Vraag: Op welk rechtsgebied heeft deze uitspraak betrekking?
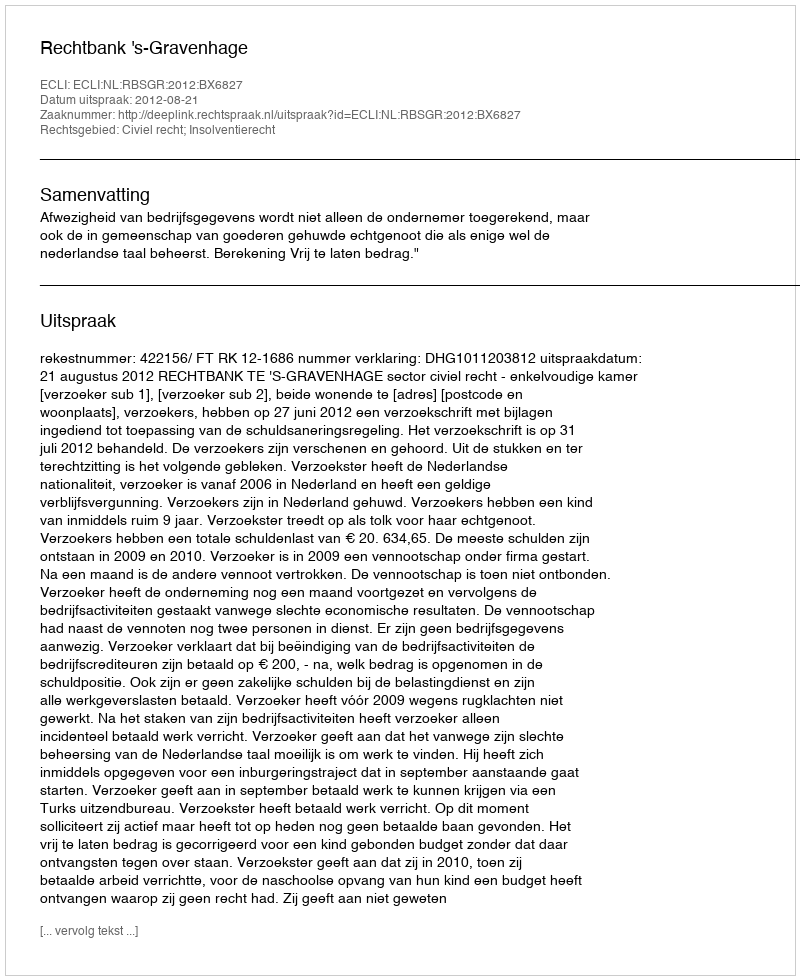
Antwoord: Civiel recht; Insolventierecht